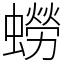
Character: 蟧